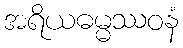
အရိယဓမ္မဿဝနံ